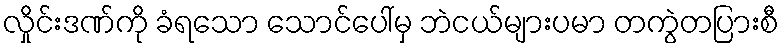
လှိုင်းဒဏ်ကို ခံရသော သောင်ပေါ်မှ ဘဲငယ်များပမာ တကွဲတပြားစီ